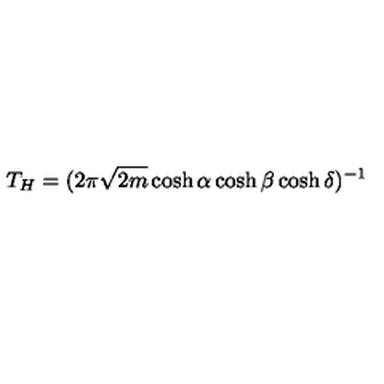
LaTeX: T _ { H } = ( 2 \pi \sqrt { 2 m } \cosh \alpha \cosh \beta \cosh \delta ) ^ { - 1 }